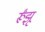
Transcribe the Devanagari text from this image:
र्रूंझू